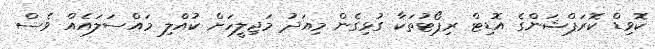
ކޮވިޑް ކޮރަޕްޝަންގެ އޮޑިޓް ރިޕޯޓުތަކާ ގުޅިގެން މިއަދު މަޖިލީހަށް ކުއްލި މައްސަލައެއް ވެސް